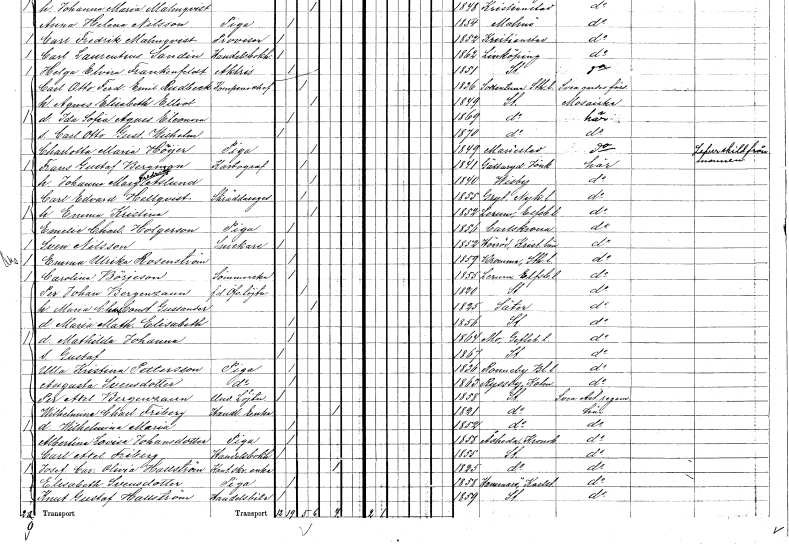
gt_parse: households: individuals: FN: Johanna Margareta Fredrika
EN: Åslund
KON: K
CIV: G
FODAR: 1840
FODFORS: Visby Gotlands län
FN: Carl Edvard
EN: Hellqvist
YRKE: Skräddaregesäll
KON: M
CIV: G
FODAR: 1855
FODFORS: Gryt Södermanlands län
FN: Emma Kristina
KON: K
CIV: G
FODAR: 1852
FODFORS: Lerum Älvsborgs län
FN: Emelie Charlotta
EN: Holgerson
YRKE: Piga
KON: K
CIV: O
FODAR: 1856
FODFORS: Karlskrona Blekinge län
FN: Sven
EN: Nilsson
YRKE: Snickare
KON: M
CIV: O
FODAR: 1852
FODFORS: Hörröd Kristianstads län
FN: Emma Ulrika
EN: Rosenström
KON: K
CIV: O
FODAR: 1859
FODFORS: Bromma Stockholms län
FN: Carolina
EN: Börjeson
YRKE: Sömmerska
KON: K
CIV: O
FODAR: 1855
FODFORS: Lerum Älvsborgs län
FN: Per Johan
EN: Bergenzaun
YRKE: Överstelöjtnant f.d.
KON: M
CIV: G
FODAR: 1820
FODFORS: Stockholm
FN: Maria Charlotta Constantia
EN: Gussander
KON: K
CIV: G
FODAR: 1825
FODFORS: Säter Kopparbergs län
FN: Maria Mathilda Elisabeth
KON: K
CIV: O
FODAR: 1856
FODFORS: Stockholm
FN: Mathilda Johanna
KON: K
CIV: O
FODAR: 1864
FODFORS: Mo Gävleborgs län
FN: Gustaf
KON: M
CIV: O
FODAR: 1867
FODFORS: Stockholm
FN: Ulla Kristina
EN: Pettersson
YRKE: Piga
KON: K
CIV: O
FODAR: 1836
FODFORS: Ronneby Blekinge län
FN: Augusta
EN: Svensdotter
YRKE: Piga
KON: K
CIV: O
FODAR: 1863
FODFORS: Ryssby Kalmar län
FN: Per Axel
EN: Bergenzaun
YRKE: Underlöjtnant
KON: M
CIV: O
FODAR: 1858
FODFORS: Stockholm
FN: Wilhelmina Charlotta
EN: Friberg
YRKE: Handlandeänka
KON: K
CIV: E
FODAR: 1821
FODFORS: Stockholm
FN: Wilhelmina Maria
KON: K
CIV: O
FODAR: 1852
FODFORS: Stockholm
FN: Albertina Lovisa
EN: Johansdotter
YRKE: Piga
KON: K
CIV: O
FODAR: 1858
FODFORS: Åseda Kronobergs län
FN: Carl Axel
EN: Friberg
YRKE: Handelsbokhållare
KON: M
CIV: O
FODAR: 1855
FODFORS: Stockholm
FN: Josefina Carolina Olivia
EN: Hallström
YRKE: Kontorsskrivareänka
KON: K
CIV: E
FODAR: 1825
FODFORS: Stockholm
FN: Elisabeth
EN: Svensdotter
YRKE: Piga
KON: K
CIV: O
FODAR: 1858
FODFORS: Hammarö Värmlands län
FN: Knut Gustaf
EN: Hallström
YRKE: Handelsbiträde
KON: M
CIV: O
FODAR: 1859
FODFORS: Stockholm